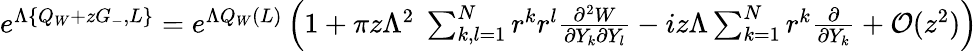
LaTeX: \begin{array}{r}{e^{\Lambda\{ Q_{W}+zG_{-},L\} }=e^{\Lambda Q_{W}(L)}\left(1+\pi z\Lambda^{2}\; \sum_{k,l=1}^{N}r^{k}r^{l}\frac{\partial^{2}W}{\partial Y_{k}\partial Y_{l}}-iz\Lambda\sum_{k=1}^{N}r^{k}\frac{\partial}{\partial Y_{k}}+\mathcal{O}(z^{2})\right)}\end{array}